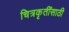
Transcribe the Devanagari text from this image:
चित्रकृतींसाठी